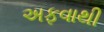
અફવાથી